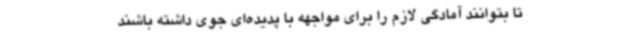
تا بتوانند آمادگی لازم را برای مواجهه با پدیده‌ای جوی داشته باشند